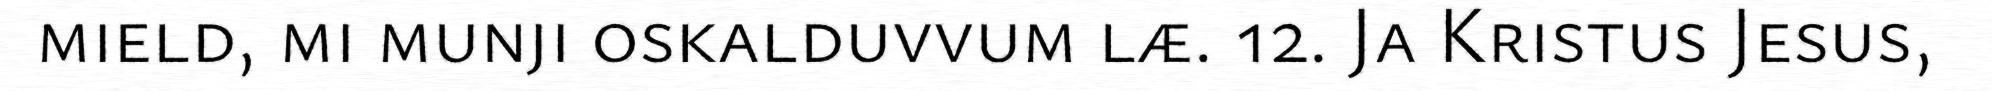
mield, mi munji oskalduvvum læ. 12. Ja Kristus Jesus,